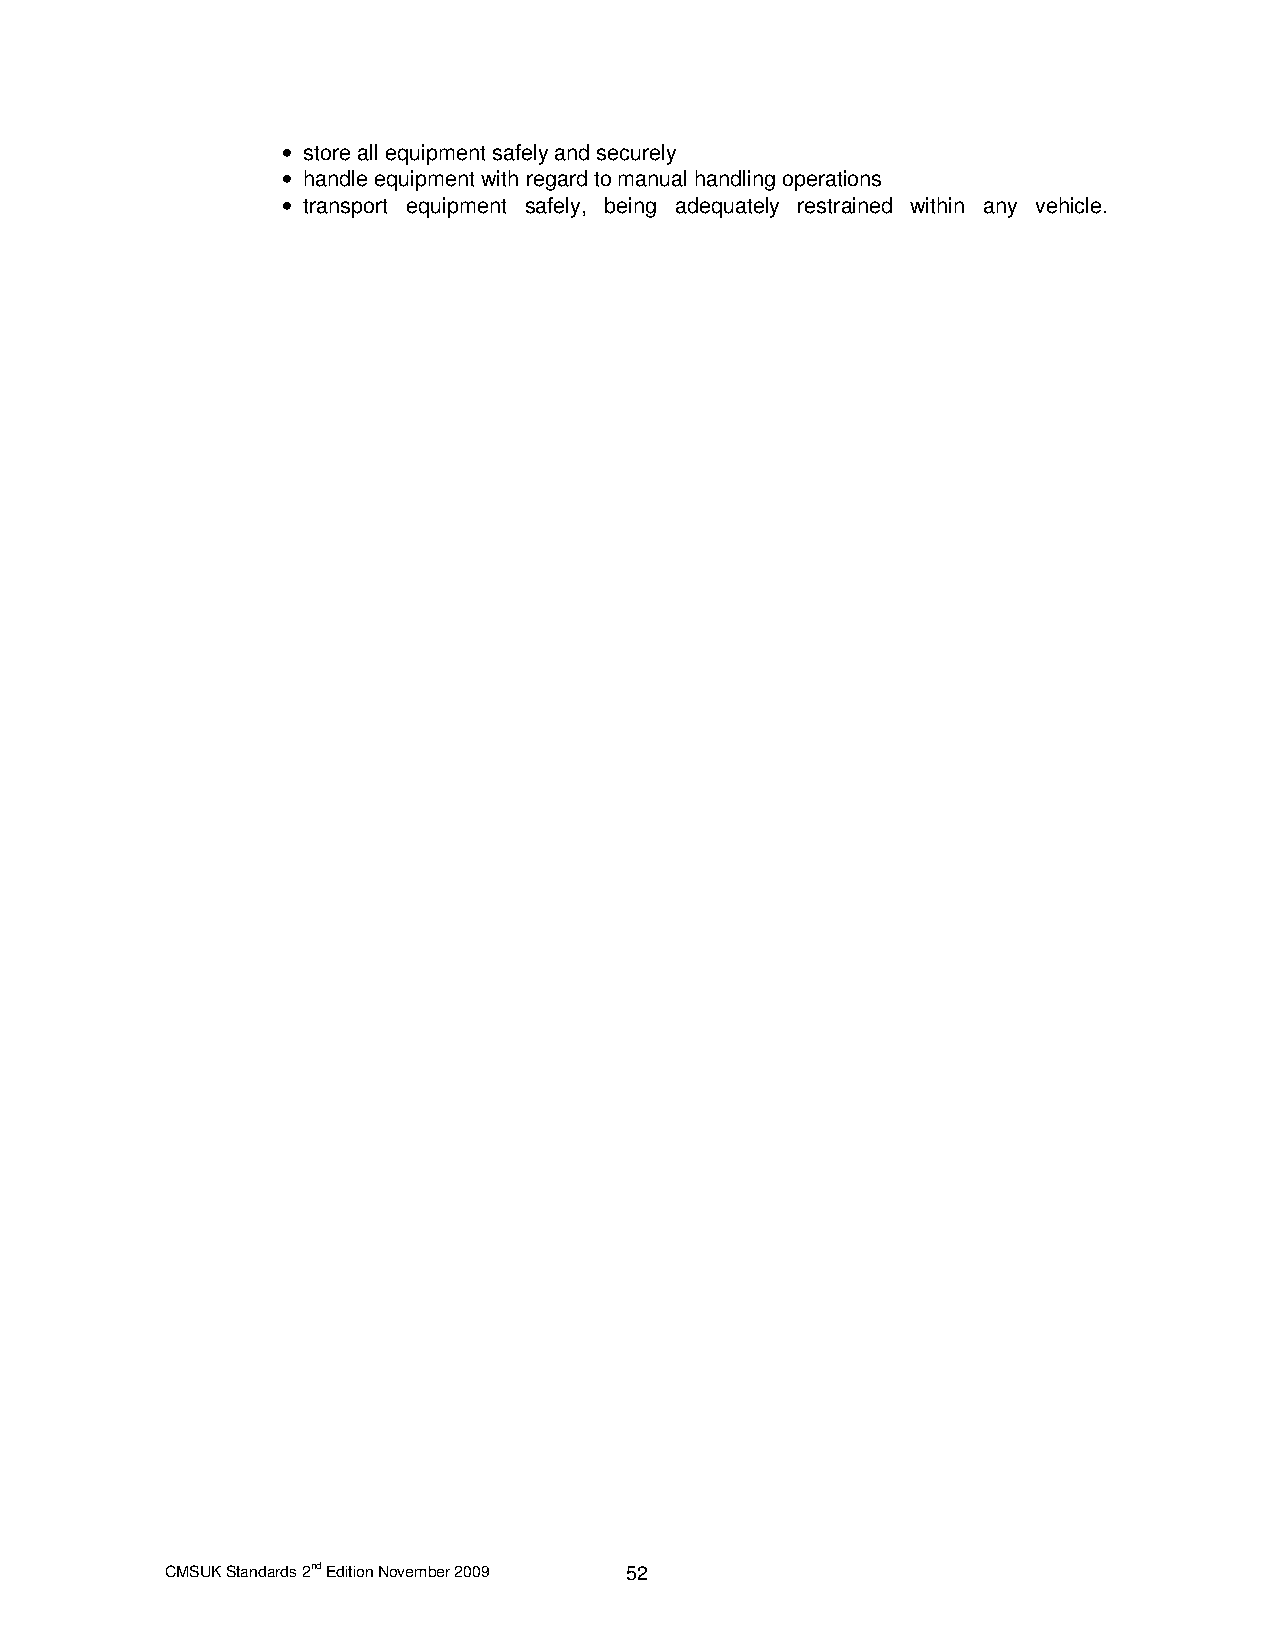
• store all equipment safely and securely
 • handle equipment with regard to manual handling operations
 • transport equipment safely, being adequately restrained within any vehicle.
 CMSUK Standards 2nd Edition November 2009 52